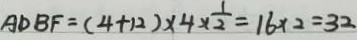
A D B F = ( 4 + 1 2 ) \times 4 \times \frac { 1 } { 2 } = 1 6 \times 2 = 3 2